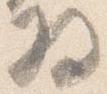
将